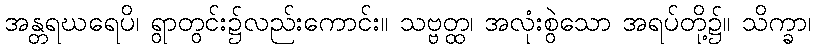
အန္တရဃရေပိ၊ ရွာတွင်း၌လည်းကောင်း။ သဗ္ဗတ္ထ၊ အလုံးစွဲသော အရပ်တို့၌။ သိက္ခာ၊